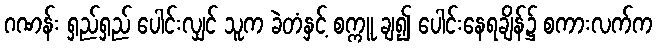
ဂဏန်း ရှည်ရှည် ပေါင်းလျှင် သူက ခဲတံနှင့် စက္ကူ ချ၍ ပေါင်းနေရချိန်၌ စကားလက်က